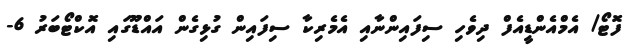
ފޮޓޯ/ އެމްއެންޑީއެފް ދިވެހި ސިފައިންނާއި އެމެރިކާ ސިފައިން ގުޅިގެން އައްޑޫގައި އޮކްޓޯބަރު 6-